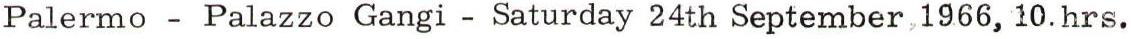
Palermo - Palazzo Gangi - Saturday 24th September,1966, 10. hrs.